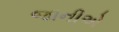
જાનીએ